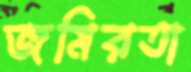
জমিরতা